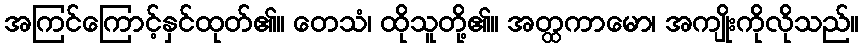
အကြင်ကြောင့်နှင်ထုတ်၏။ တေသံ၊ ထိုသူတို့၏။ အတ္ထကာမော၊ အကျိုးကိုလိုသည်။